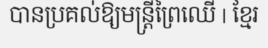
បានប្រគល់ឱ្យមន្ត្រីព្រៃឈើ | ខ្មែរ